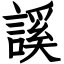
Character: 謑